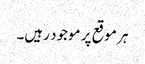
ہر موقع پر موجود رہیں۔